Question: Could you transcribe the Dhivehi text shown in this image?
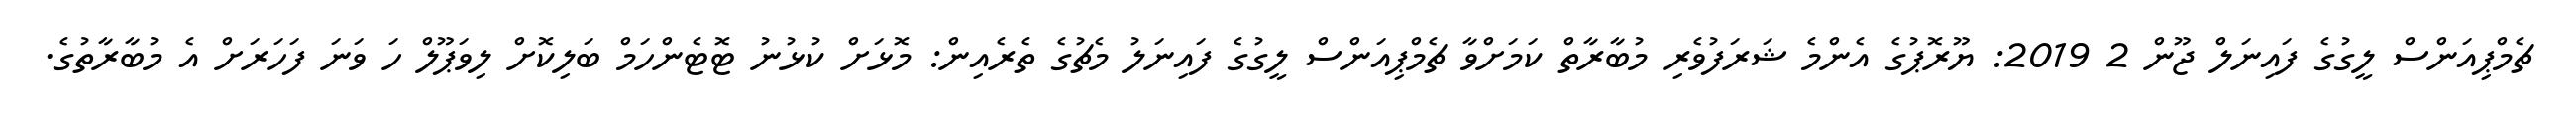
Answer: ޗެމްޕިއަންސް ލީގުގެ ފައިނަލް ޖޫން 2 2019: ޔޫރޮޕުގެ އެންމެ ޝަރަފުވެރި މުބާރާތް ކަމަށްވާ ޗެމްޕިއަންސް ލީގުގެ ފައިނަލު މެޗުގެ ތެރެއިން: މޮޅަށް ކުޅުނު ޓޮޓެންހަމް ބަލިކޮށް ލިވަޕޫލް ހަ ވަނަ ފަހަރަށް އެ މުބާރާތުގެ.